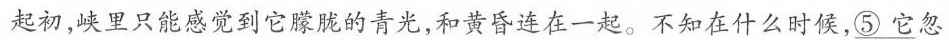
起初,峡里只能感觉到它朦胧的青光,和黄昏连在一起。不知在什么时候,\underline{⑤它}忽